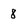
Character: 8